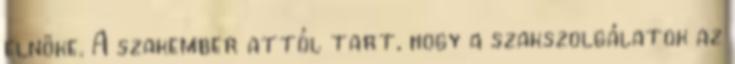
elnöke. A szakember attól tart, hogy a szakszolgálatok az